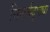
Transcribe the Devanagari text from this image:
निसर्गदृष्ट्या